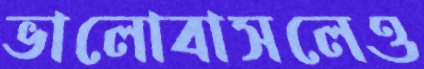
ভালোবাসলেও